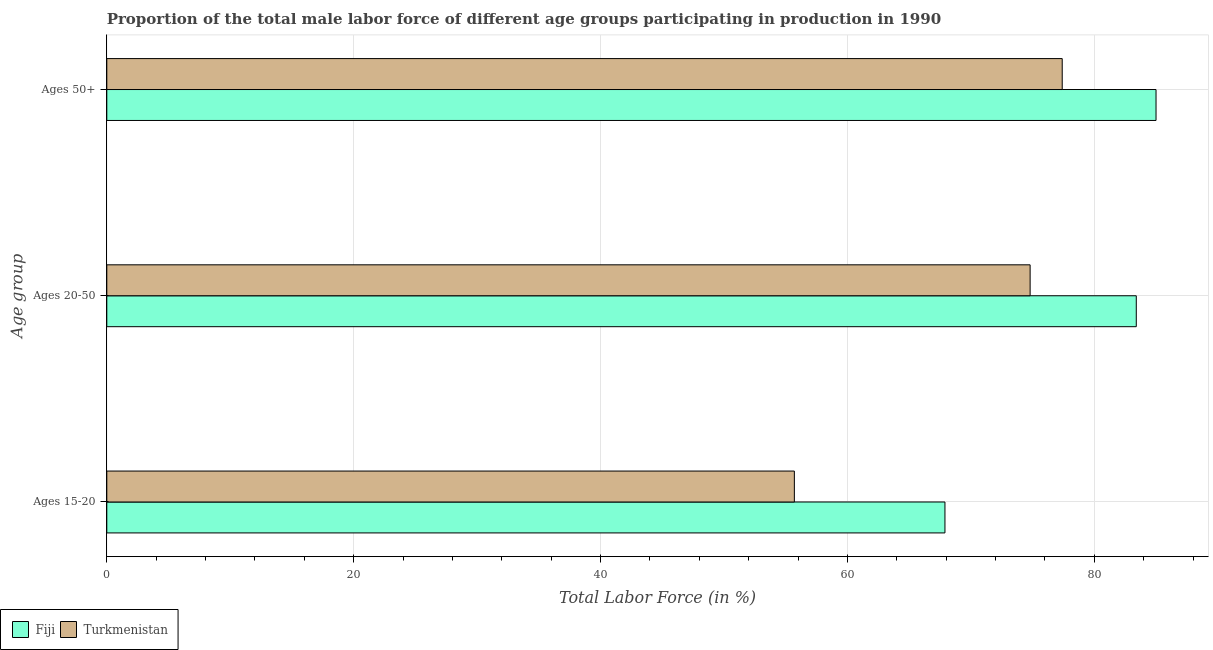
| Age group | Fiji | Turkmenistan |
 | --- | --- | --- |
 | Ages 15-20 | 67.9 | 55.7 |
 | Ages 20-50 | 83.4 | 74.8 |
 | Ages 50+ | 85 | 77.4 |